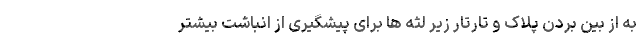
به از بین بردن پلاک و تارتار زیر لثه ها برای پیشگیری از انباشت بیشتر